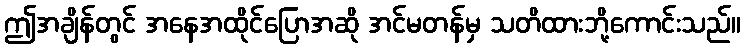
ဤအချိန်တွင် အနေအထိုင်ပြောအဆို အင်မတန်မှ သတိထားဘို့ကောင်းသည်။